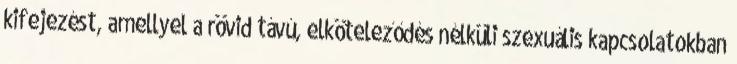
kifejezést, amellyel a rövid távú, elköteleződés nélküli szexuális kapcsolatokban